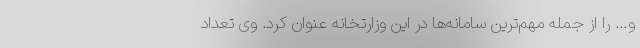
و… را از جمله مهم‌ترین سامانه‌ها در این وزارتخانه عنوان کرد. وی تعداد